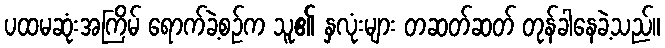
ပထမဆုံးအကြိမ် ရောက်ခဲ့စဉ်က သူ၏ နှလုံးများ တဆတ်ဆတ် တုန်ခါနေခဲ့သည်။